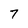
Character: 7